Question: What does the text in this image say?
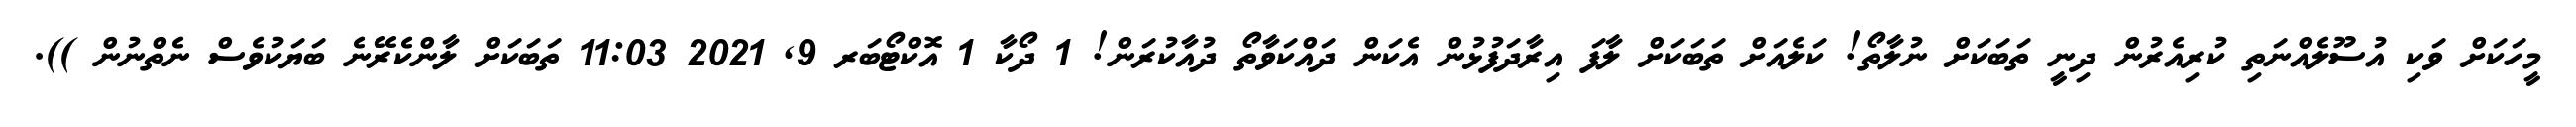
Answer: މީހަކަށް ވަކި އުސޫލެއްނަތި ކުރިއެރުން ދިނީ ތަބަކަށް ނުލާތޯ! ކަލެއަށް ތަބަކަށް ލާފަ އިރާދަފުޅުން އެކަން ދައްކަވާތޯ ދުއާކުރަން! 1 ދޯކާ 1 އޮކްޓޯބަރ 9, 2021 11:03 ތަބަކަށް ލާންކެރޭނެ ބަޔަކުވެސް ނެތްނުން )).